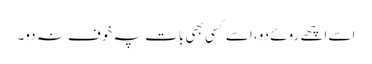
اسے اچھے روئے دو ،اسے کسی بھی بات پہ خوف نہ دو۔